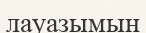
лауазымын